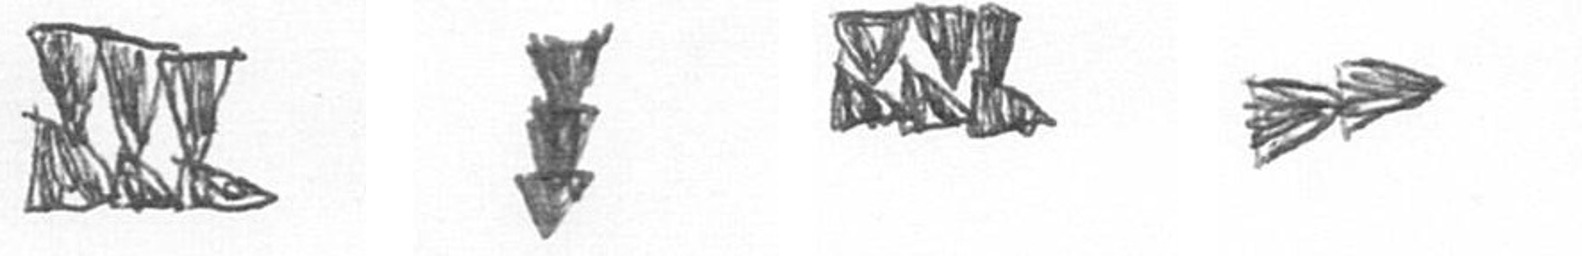
D E D A